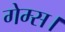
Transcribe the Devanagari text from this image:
गेम्स।